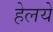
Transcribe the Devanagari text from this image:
हेलये